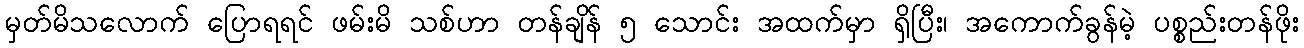
မှတ်မိသလောက် ပြောရရင် ဖမ်းမိ သစ်ဟာ တန်ချိန် ၅ သောင်း အထက်မှာ ရှိပြီး၊ အကောက်ခွန်မဲ့ ပစ္စည်းတန်ဖိုး